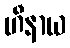
ဟီနာယ